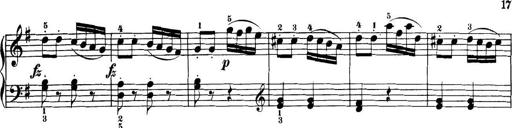
Title: 32 Sonatinas and Rondos for the Piano
Composer: Richard Kleinmichel